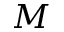
M